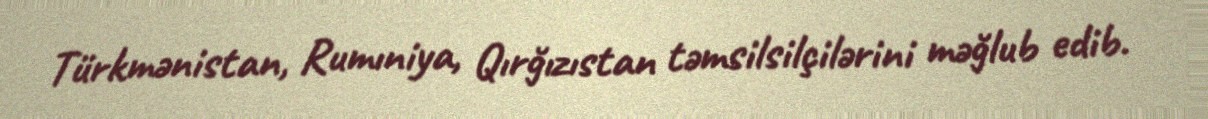
Türkmənistan, Rumıniya, Qırğızıstan təmsilsilçilərini məğlub edib.